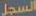
السجل